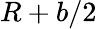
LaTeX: R+b/2